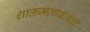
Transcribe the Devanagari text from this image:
शाक्तमतावलंबी